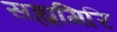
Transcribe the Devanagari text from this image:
सह्यगिरि